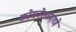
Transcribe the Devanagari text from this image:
कोयनेलप्रमाणे